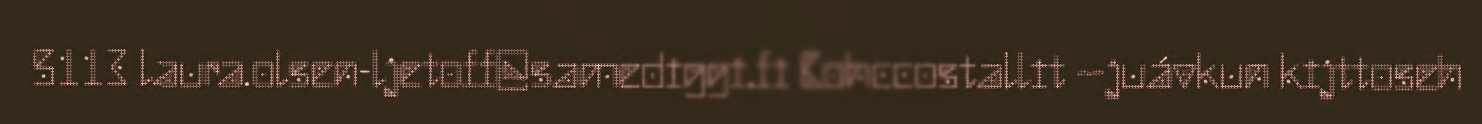
5113 laura.olsen-ljetoff@samediggi.fi Bohccostallit –juávkun kijttoseh